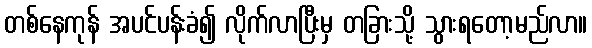
တစ်နေကုန် အပင်ပန်းခံ၍ လိုက်လာပြီးမှ တခြားသို့ သွားရတော့မည်လာ။